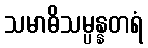
သမာဓိသမ္ပန္နတရံ